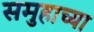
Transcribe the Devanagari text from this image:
समुहाच्या